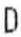
D